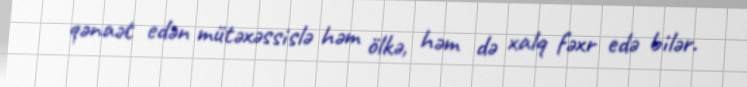
qənaət edən mütəxəssislə həm ölkə, həm də xalq fəxr edə bilər.